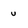
Character: u